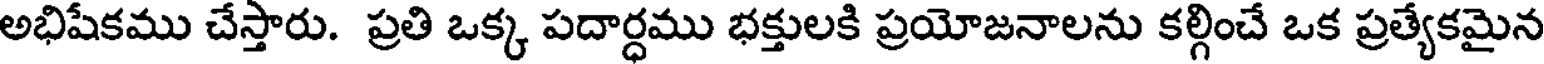
అభిషేకము చేస్తారు. ప్రతి ఒక్క పదార్ధము భక్తులకి ప్రయోజనాలను కల్గించే ఒక ప్రత్యేకమైన